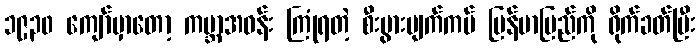
၁၉၃၀ ကျော်မှာတော့ ကမ္ဘာအဝန်း ကြုံရတဲ့ စီးပွားပျက်ကပ် မြန်မာပြည်ကို ရိုက်ခတ်ပြီး